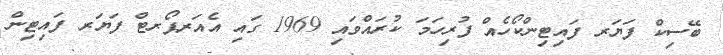
ބޭސިކް ފަޔަރ ފައިޓިންކޯހެއް ފުރިހަމަ ކުރައްވައި 1969 ގައި އެއަރޕޯރޓް ފަޔަރ ފައިޓިން